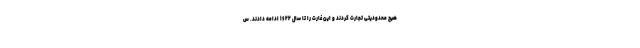
هیچ محدودیتی تجارت کردند و این غارت را تا سال ۱۶۲۲ ادامه دادند. س